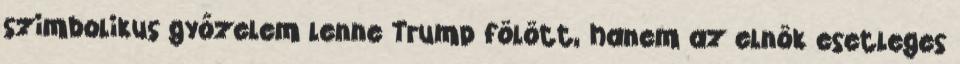
szimbolikus győzelem lenne Trump fölött, hanem az elnök esetleges